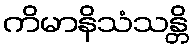
ကိမာနိသံသန္တိ